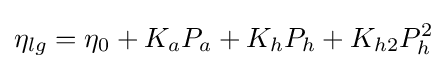
\eta _{lg}=\eta _{0}+K_{a}P_{a}+K_{h}P_{h}+K_{h2}P_{h}^{2}